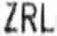
ZRL